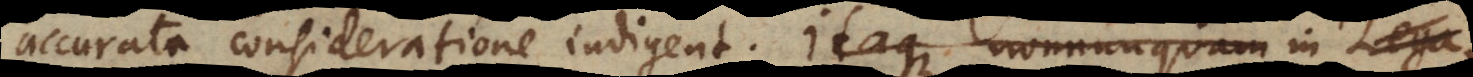
accurrata consideratione indigent. Itaque nonnunquam in Lega